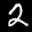
Label: 2